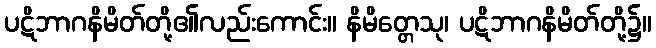
ပဋိဘာဂနိမိတ်တို့၏လည်းကောင်း။ နိမိတ္တေသု၊ ပဋိဘာဂနိမိတ်တို့၌။